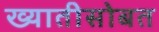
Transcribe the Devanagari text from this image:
ख्यातीसोबत